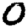
Digit: 0